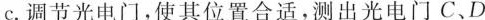
C. 调节光电门，使其位置合适，测出光电门C、D